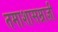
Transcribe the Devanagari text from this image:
तमाशासम्राज्ञी